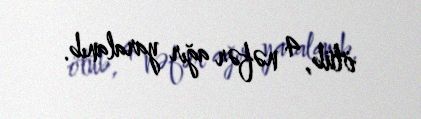
ölüb, 4 nəfər ağır yaralanıb.